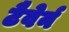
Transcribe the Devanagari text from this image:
टैवेर्न